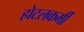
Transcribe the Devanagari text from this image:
होटलकर्मी